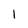
Character: 1